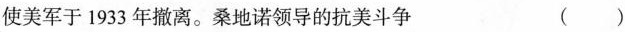
使美军于1933年撤离。桑地诺领导的抗美斗争（）